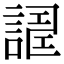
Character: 𧪀